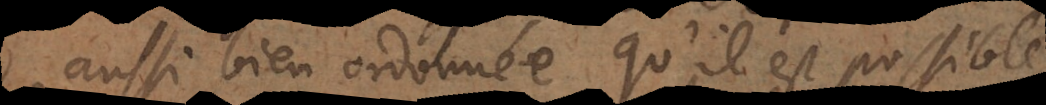
aussi bien ordonnée qu’il est possible,